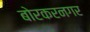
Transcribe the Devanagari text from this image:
बोरकरनगर